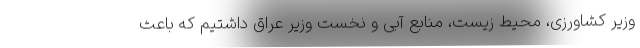
وزیر کشاورزی، محیط زیست، منابع آبی و نخست وزیر عراق داشتیم که باعث